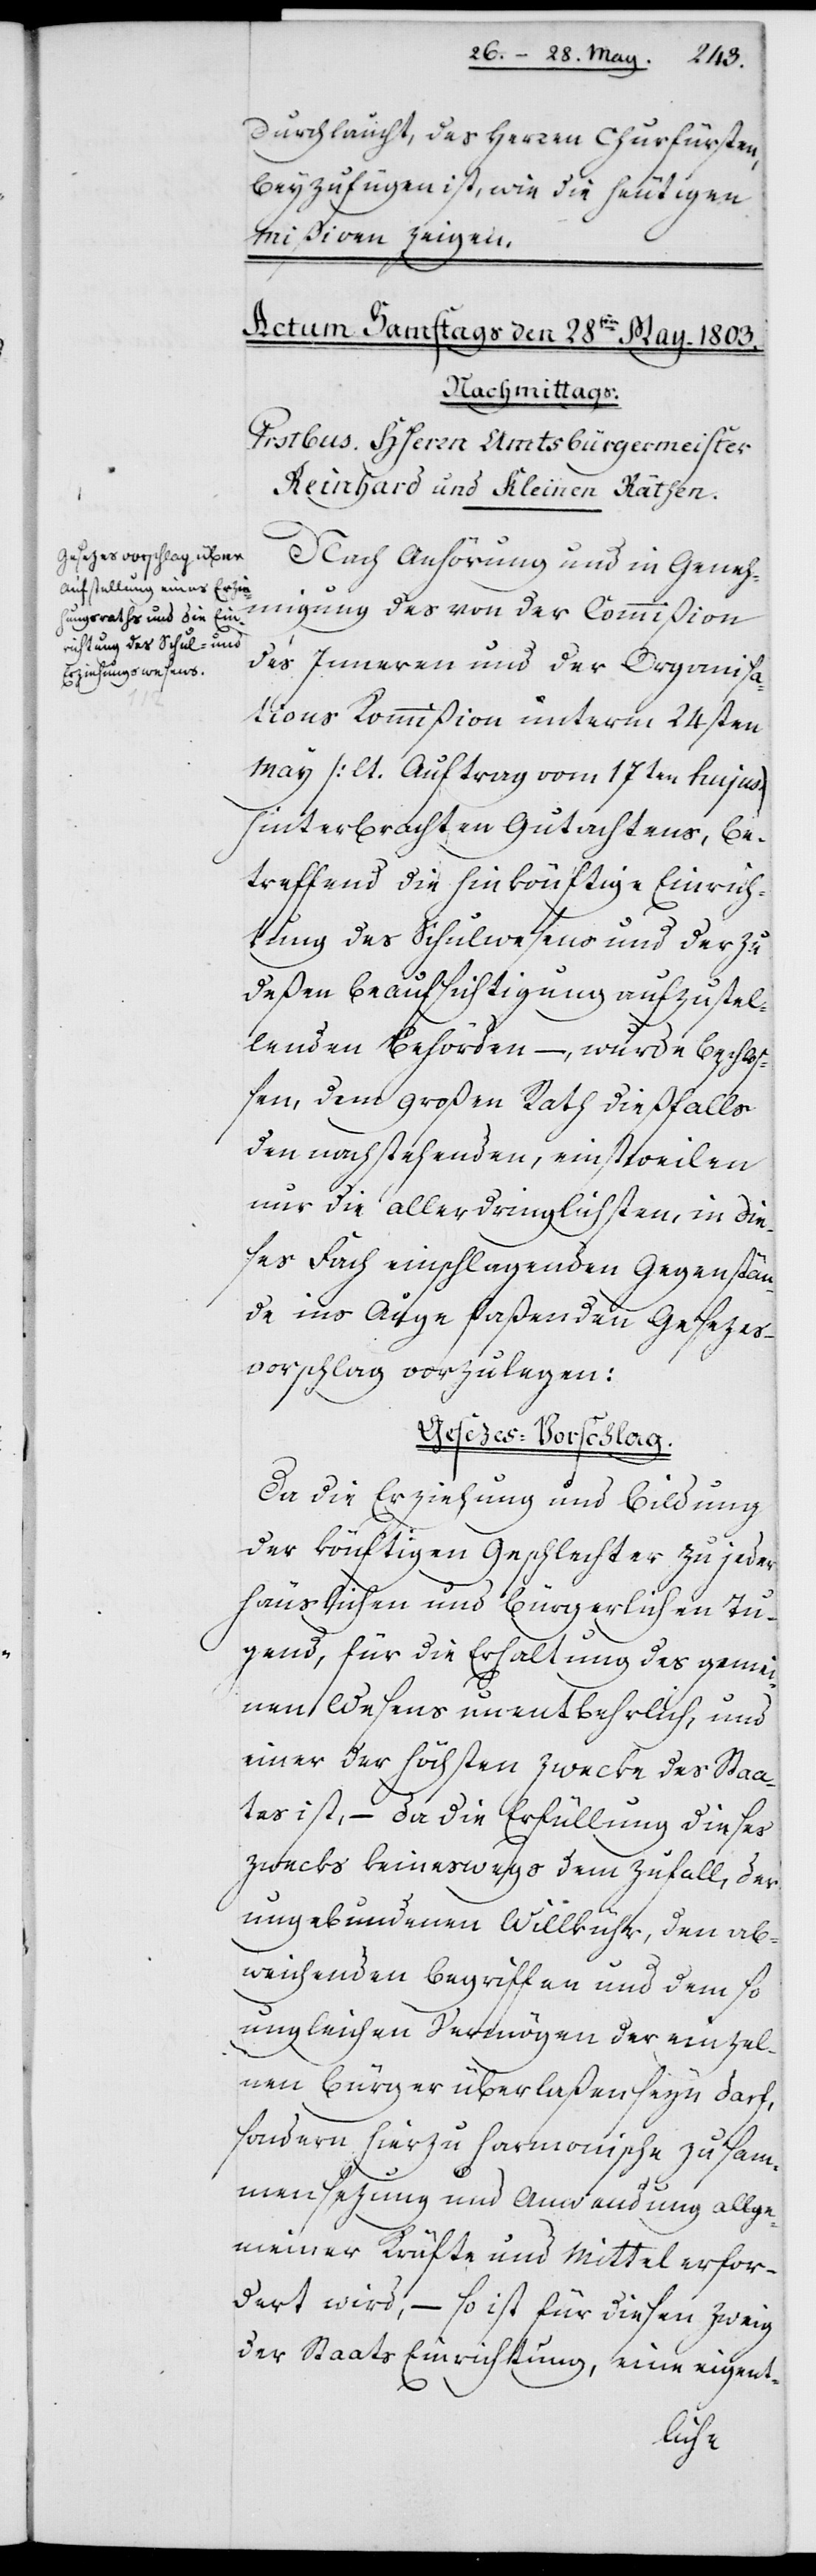
Durchlaucht, des Herren Churfürsten,
beyzufügen ist, wie die heutigen
Mißiven zeigen.
Nach Anhörung und in Geneh¬
migung des von der Commißion
des Inneren und der Organisa¬
tions Kommißion unterm 24sten
May (lt. Auftrag vom 17ten hujus)
hinterbrachten Gutachtens, be¬
treffend die hinkönftige Einrich¬
tung des Schulwesens und der zu
deßen Beaufsichtigung aufzustel¬
lenden Behörden –, wurde beschlo¬
ßen, dem Großen Rath dießfalls
den nachstehenden, einstweilen
nur die allerdringlichsten, in die¬
ses Fach einschlagenden Gegenstän¬
de ins Auge faßenden Gesezes¬
vorschlag vorzulegen:
Gesezes-Vorschlag.
Da die Erziehung und Bildung
der könftigen Geschlechter zu jeder
häuslichen und bürgerlichen Tu¬
gend, für die Erhaltung des gemei¬
nen Wesens unentbehrlich, und
einer der höchsten Zwecke des Sta¬
tes ist, – da die Erfüllung dieses
Zwecks keineswegs dem Zufall, der
ungebundenen Willkür, den ab¬
weichenden Begriffen und dem so
ungleichen Vermögen der einzel¬
nen Bürger überlaßen seyn darf,
sondern hierzu harmonische Zusam¬
mensezung und Anwendung allge¬
meiner Kräfte und Mittel erfor¬
dert wird, – so ist für diesen Zweig
der Staats Einrichtung, eine eigent-